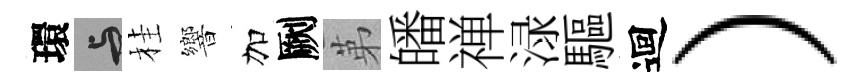
環与桂響加劂苐皤禅渌驅迴）